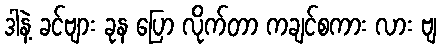
ဒါနဲ့ ခင်ဗျား ခုန ပြော လိုက်တာ ကချင်စကား လား ဗျ